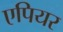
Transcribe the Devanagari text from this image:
एपियर